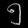
Digit: ၅